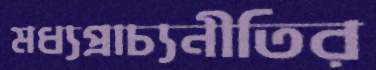
মধ্যপ্রাচ্যনীতির